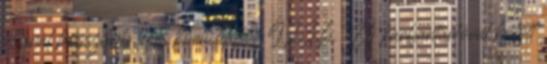
napnál hosszabb teljes körû leállás. 9.2.3.6. Új karbantartóval kötött